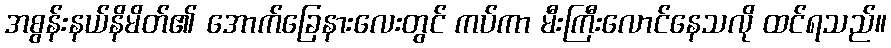
အစွန်းနယ်နိမိတ်၏ အောက်ခြေနားလေးတွင် ကပ်ကာ မီးကြီးလောင်နေသလို ထင်ရသည်။